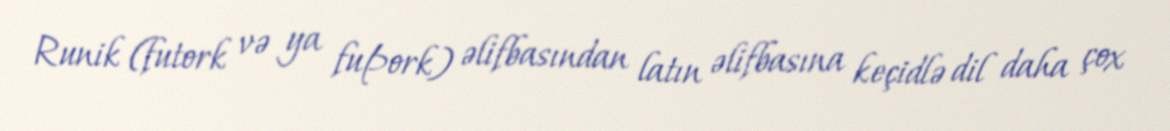
Runik (futork və ya fuþork) əlifbasından latın əlifbasına keçidlə dil daha çox